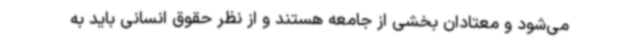
می‌شود و معتادان بخشی از جامعه هستند و از نظر حقوق انسانی باید به